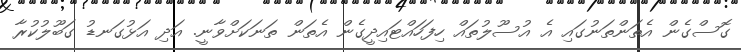
ގޮސްގެން އެތަންތަނުގައި އެ އުސޫލުތައް ހިފަހައްޓައިދީގެން އެތަން ތަނަކަށްވާނީ. އަދި އަޅުގަނޑު ގަބޫލުކުރާ